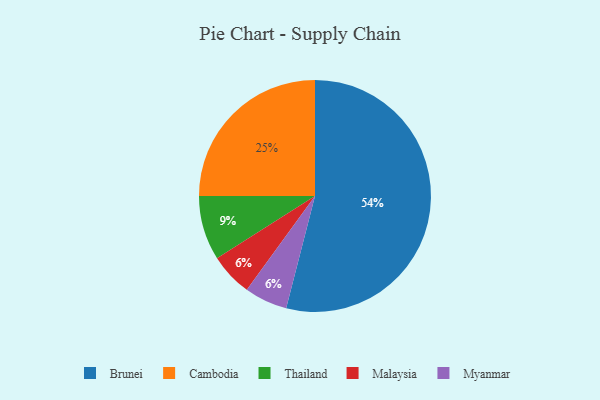
{"axis": {"x": "Category", "y": "Percentage"}, "legend": ["Brunei", "Cambodia", "Malaysia", "Myanmar", "Thailand"], "data": [{"x": "Cambodia", "y": 25, "type": "Cambodia"}, {"x": "Brunei", "y": 54, "type": "Brunei"}, {"x": "Thailand", "y": 9, "type": "Thailand"}, {"x": "Malaysia", "y": 6, "type": "Malaysia"}, {"x": "Myanmar", "y": 6, "type": "Myanmar"}]}